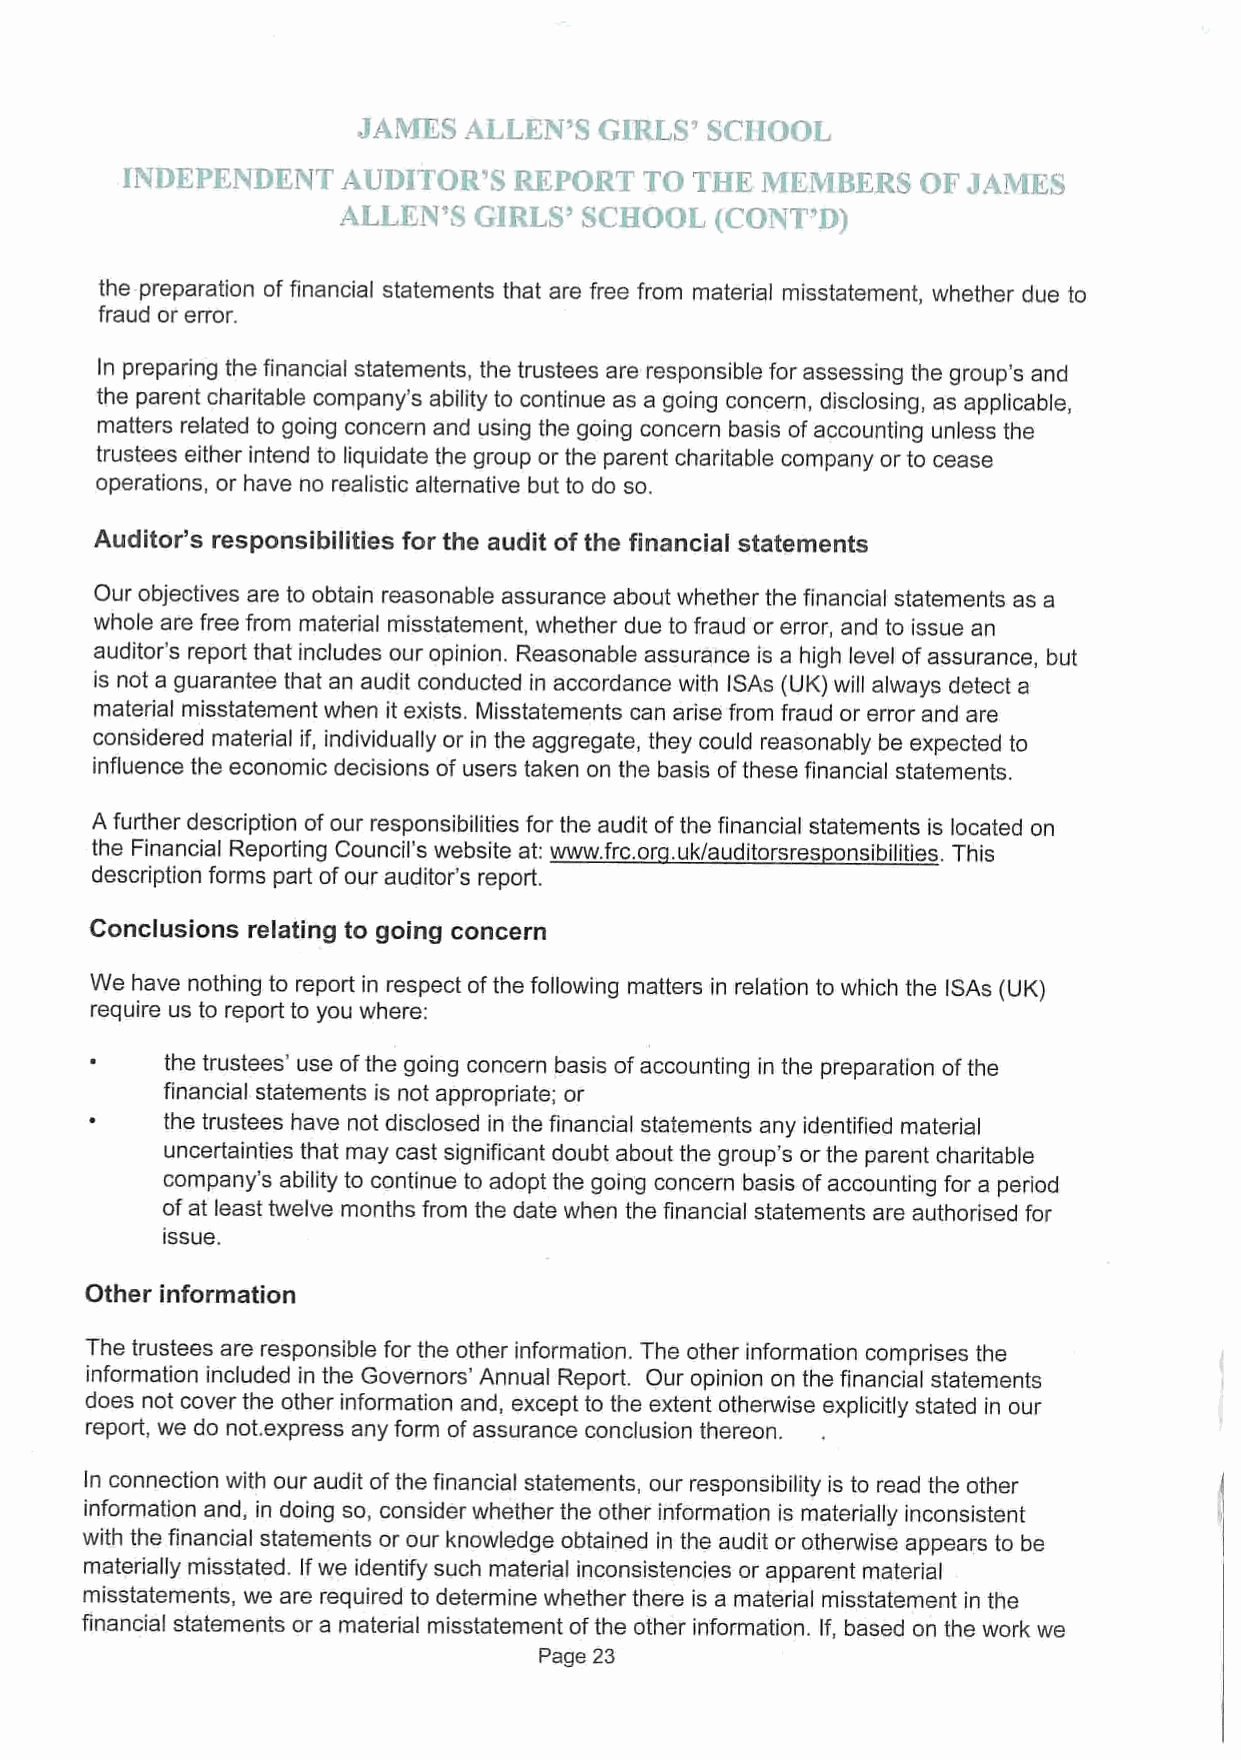
the preparation of financial statements that are free from material misstatement, whether due to
 fraud or error.
 In preparing the financial statements, the trustees are responsible for assessing the group's and
 the parent charitable company's ability to continue as a going concern, disclosing, as applicable,
 matters related to going concern and using the going concern basis ofaccounting unless the
 trustees either intend to liquidate the group or the parent charitable company or to cease
 operations, or have no realistic alternative but to do so.
 Auditor's responsibilities for the audit ofthe financial statements
 Our objectives are to obtain reasonable assurance about whether the financial statements as a
 whole are free from material misstatement, whether due to fraud or error, and to issue an
 auditor's report that includes our opinion. Reasonable assurance is a high level ofassurance, but
 is not a guarantee that an audit conducted in accordance with ISAs (UK) will always detect a
 material misstatement when it exists. Misstatements can arise from fraud or error and are
 considered material if, individually or in the aggregate, they could reasonably be expected to
 influence the economic decisions of users taken on the basis ofthese financial statements.
 A further description of our responsibilities for the audit ofthe financial statements is located on
 the Financial Reporting Council's website at: www. frc.or .uk/auditorsres onsibilities. This
 description forms part ofour auditor's report.
 Conclusions relating to going concern
 We have nothing to report in respect ofthe following matters in relation to which the ISAs (UK)
 require us to report to you where:
 the trustees' use ofthe going concern basis ofaccounting in the preparation ofthe
 financial statements is not appropriate; or
 the trustees have not disclosed in the financial statements any identified material
 uncertainties that may cast significant doubt about the group's or the parent charitable
 company's ability to continue to adopt the going concern basis ofaccounting for a period
 ofat least twelve months from the date when the financial statements are authorised for
 Issue.
 Other information
 The trustees are responsible for the other information. The other information comprises the
 information included in the Governors' Annual Report. Our opinion on the financial statements
 does not cover the other information and, except to the extent otherwise explicitly stated in our
 report, we do not.express any form ofassurance conclusion thereon.
 In connection with our audit ofthe financial statements, our responsibility is to read the other
 information and, in doing so, consider whether the other information is materially inconsistent
 with the financial statements or our knowledge obtained in the audit or otherwise appears to be
 materially misstated. Ifwe identify such material inconsistencies or apparent material
 misstatements, we are required to determine whether there is a material misstatement in the
 financial statements or a material misstatement ofthe other information. If, based on the work we
 Page 23